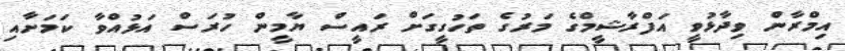
އިމްރާން ވިދާޅުވީ އަފްރާޝީމްގެ މަރުގެ ތަހުގީގަށް ރައީސް ޔާމީން ހުރަސް އަޅުއްވާ ކަމަށާއި